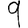
Digit: 9